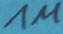
Text: 1M